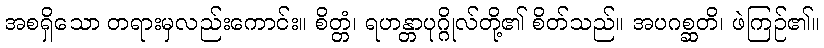
အစရှိသော တရားမှလည်းကောင်း။ စိတ္တံ၊ ရဟန္တာပုဂ္ဂိုလ်တို့၏ စိတ်သည်။ အပဂစ္ဆတိ၊ ဖဲကြဉ်၏။